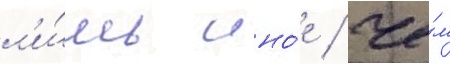
л'и́шь ино́е / че́м